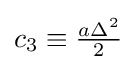
c_{3}\equiv {\tfrac {a\Delta ^{2}}{2}}